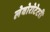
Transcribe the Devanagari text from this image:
लेवोरोटेटरी